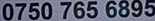
0750 765 6895